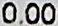
0.00